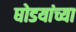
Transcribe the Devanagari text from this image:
घोडयांच्या